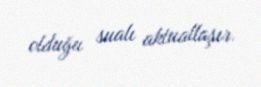
olduğu sualı aktuallaşır.